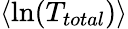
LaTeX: \langle\textrm{ln}(T_{total})\rangle